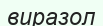
виразол